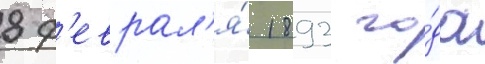
8 ф'еврал'я́ 1893 го́да